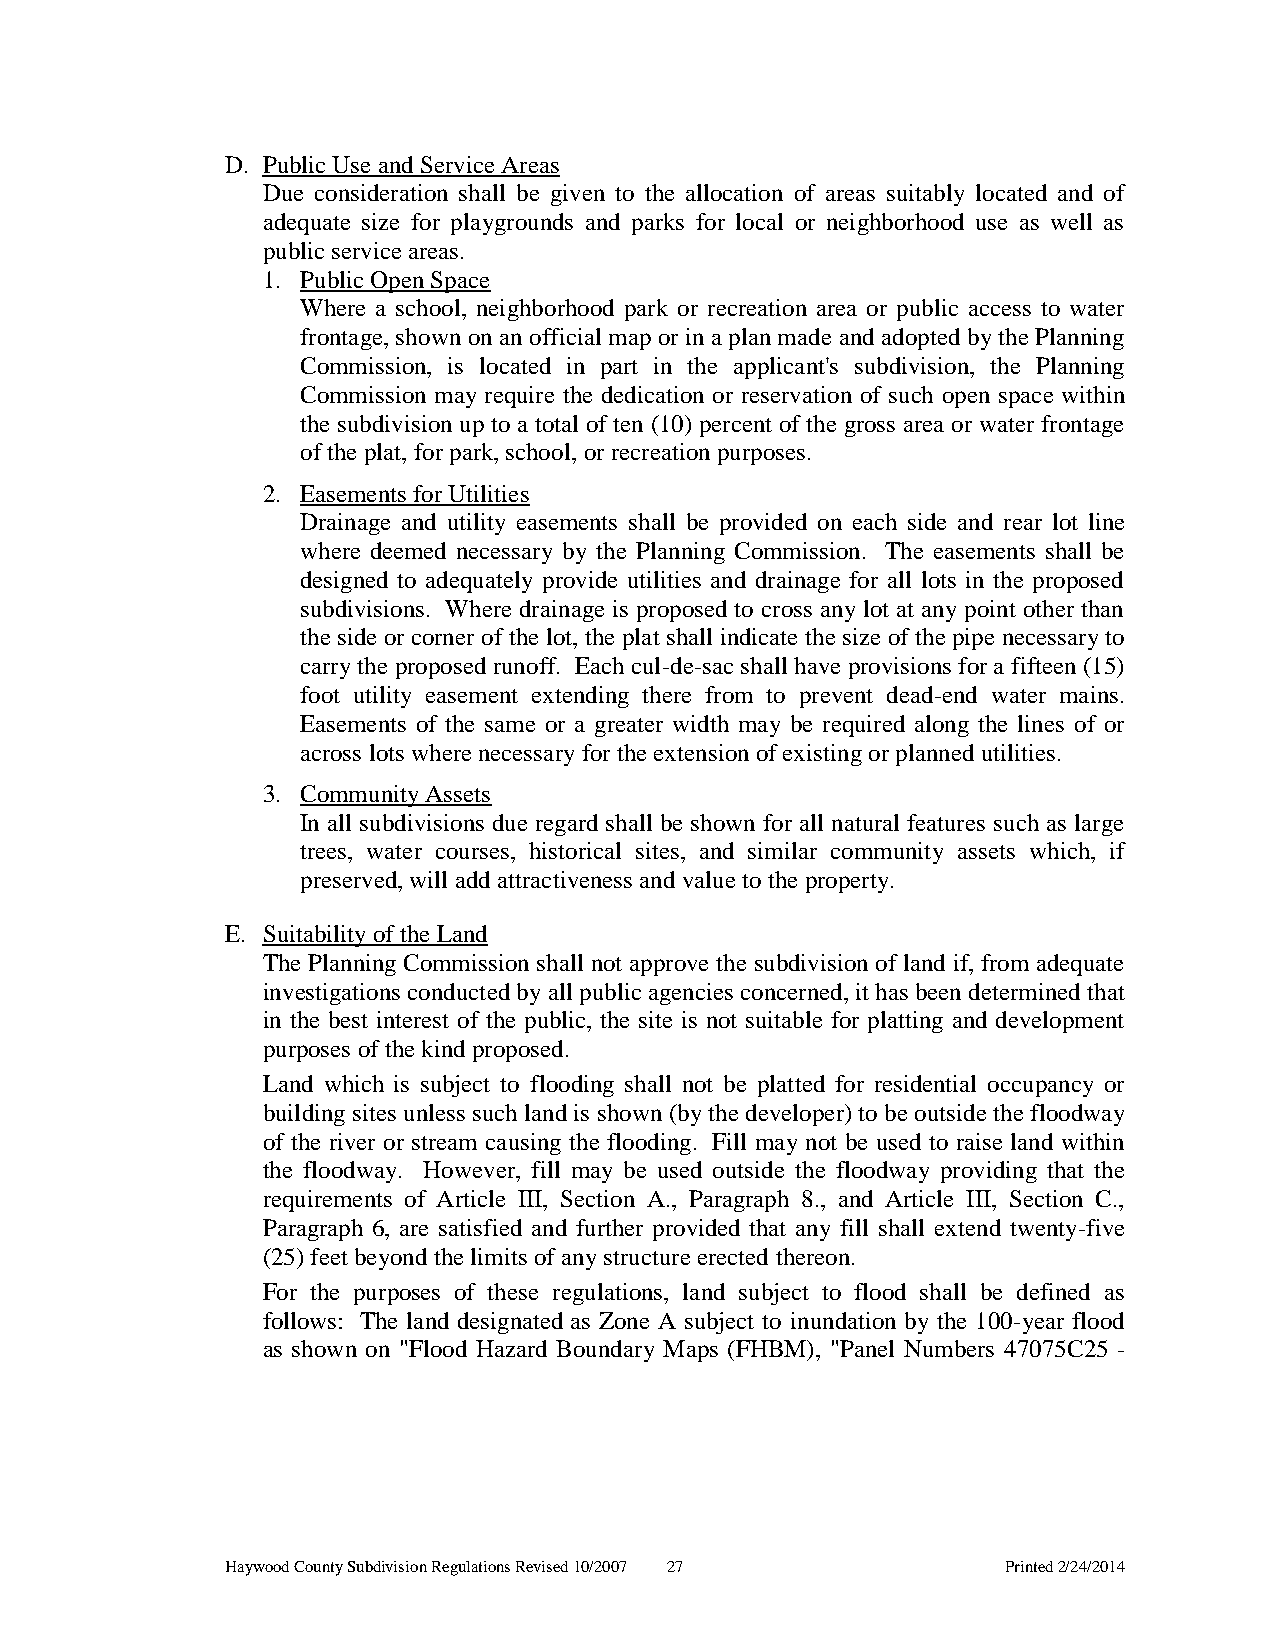
D. Public Use and Service Areas
 Due consideration shall be given to the allocation of areas suitably located and of
 adequate size for playgrounds and parks for local or neighborhood use as well as
 public service areas.
 1. Public Open Space
 Where a school, neighborhood park or recreation area or public access to water
 frontage, shown on an official map or in a plan made and adopted by the Planning
 Commission, is located in part in the applicant's subdivision, the Planning
 Commission may require the dedication or reservation of such open space within
 the subdivision up to a total of ten (10) percent of the gross area or water frontage
 of the plat, for park, school, or recreation purposes.
 2. Easements for Utilities
 Drainage and utility easements shall be provided on each side and rear lot line
 where deemed necessary by the Planning Commission. The easements shall be
 designed to adequately provide utilities and drainage for all lots in the proposed
 subdivisions. Where drainage is proposed to cross any lot at any point other than
 the side or corner of the lot, the plat shall indicate the size of the pipe necessary to
 carry the proposed runoff. Each cul-de-sac shall have provisions for a fifteen (15)
 foot utility easement extending there from to prevent dead-end water mains.
 Easements of the same or a greater width may be required along the lines of or
 across lots where necessary for the extension of existing or planned utilities.
 3. Community Assets
 In all subdivisions due regard shall be shown for all natural features such as large
 trees, water courses, historical sites, and similar community assets which, if
 preserved, will add attractiveness and value to the property.
 E. Suitability of the Land
 The Planning Commission shall not approve the subdivision of land if, from adequate
 investigations conducted by all public agencies concerned, it has been determined that
 in the best interest of the public, the site is not suitable for platting and development
 purposes of the kind proposed.
 Land which is subject to flooding shall not be platted for residential occupancy or
 building sites unless such land is shown (by the developer) to be outside the floodway
 of the river or stream causing the flooding. Fill may not be used to raise land within
 the floodway. However, fill may be used outside the floodway providing that the
 requirements of Article III, Section A., Paragraph 8., and Article III, Section C.,
 Paragraph 6, are satisfied and further provided that any fill shall extend twenty-five
 (25) feet beyond the limits of any structure erected thereon.
 For the purposes of these regulations, land subject to flood shall be defined as
 follows: The land designated as Zone A subject to inundation by the 100-year flood
 as shown on "Flood Hazard Boundary Maps (FHBM), "Panel Numbers 47075C25 -
 Haywood County Subdivision Regulations Revised 10/2007 27 Printed 2/24/2014